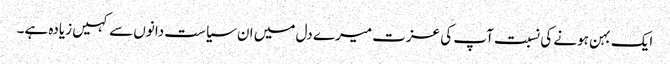
ایک بہن ہونے کی نسبت آپ کی عزت میرے دل میں ان سیاست دانوں سے کہیں زیادہ ہے۔